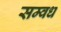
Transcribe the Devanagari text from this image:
सम्वध